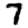
Digit: 7